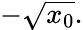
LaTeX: -{\sqrt{x_{0}}}.